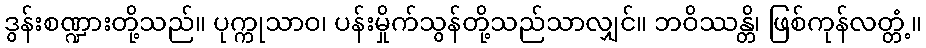
ဒွန်းစဏ္ဍားတို့သည်။ ပုက္ကုသာဝ၊ ပန်းမှိုက်သွန်တို့သည်သာလျှင်။ ဘဝိဿန္တိ၊ ဖြစ်ကုန်လတ္တံ့။